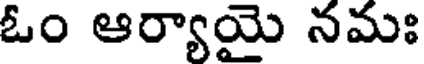
ఓం ఆర్యాయై నమః